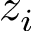
z _ { i }